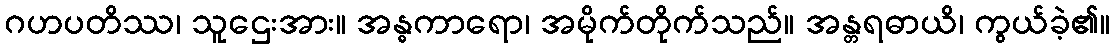
ဂဟပတိဿ၊ သူဌေးအား။ အန္ဓကာရော၊ အမိုက်တိုက်သည်။ အန္တရဓာယိ၊ ကွယ်ခဲ့၏။